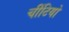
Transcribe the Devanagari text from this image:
चींटियो